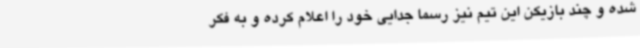
شده و چند بازیکن این تیم نیز رسما جدایی خود را اعلام کرده و به فکر